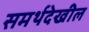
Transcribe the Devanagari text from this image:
समर्थदेखील